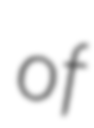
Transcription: of